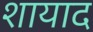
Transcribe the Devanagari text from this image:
शायाद